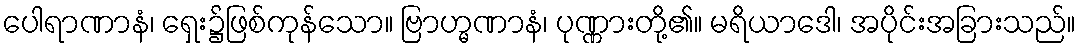
ပေါရာဏာနံ၊ ရှေး၌ဖြစ်ကုန်သော။ ဗြာဟ္မဏာနံ၊ ပုဏ္ဏားတို့၏။ မရိယာဒေါ၊ အပိုင်းအခြားသည်။